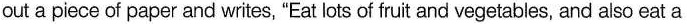
out a piece of paper and writes, "Eat lots of fruit and vegetables, and also eat a